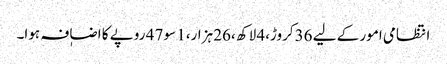
انتظامی امور کے لیے 36کروڑ،4 لاکھ ،26 ہزار،1 سو 47 روپے کا اضاٖفہ ہوا۔